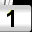
Digit: 1